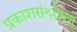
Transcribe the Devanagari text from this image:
प्रकाशसंश्लोषण